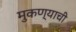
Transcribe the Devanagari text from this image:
मुकण्याची